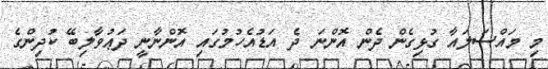
މި މައްސަލައާ ގުޅިގެން ދެން އޮންނަ ދެ އަޑުއެހުމުގައި އޮންނާނީ ދަޢުވާލިބޭ ކުދިންގެ